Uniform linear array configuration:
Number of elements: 24
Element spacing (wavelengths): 1
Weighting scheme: cosine
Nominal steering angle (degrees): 15
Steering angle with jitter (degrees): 15.615
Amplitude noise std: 0.05
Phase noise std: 0.05

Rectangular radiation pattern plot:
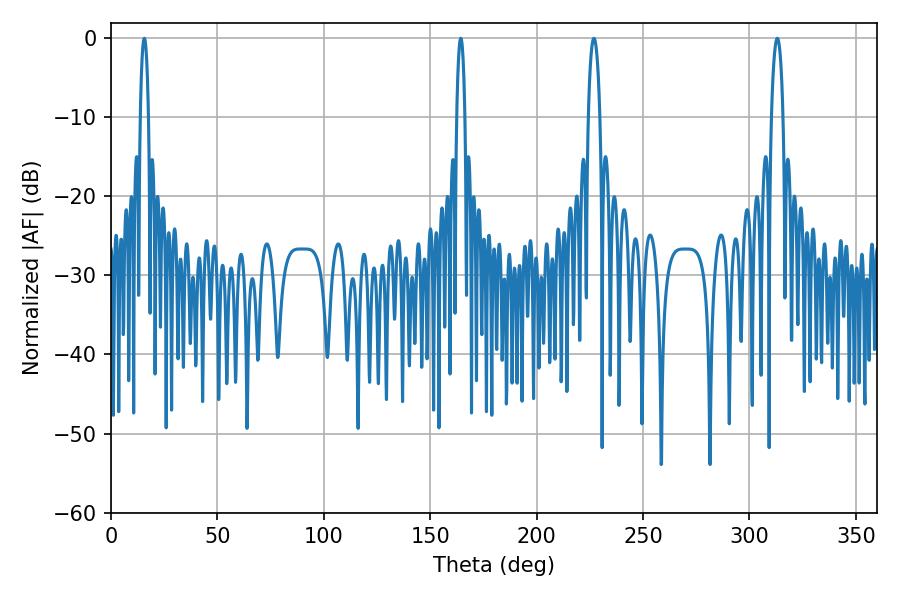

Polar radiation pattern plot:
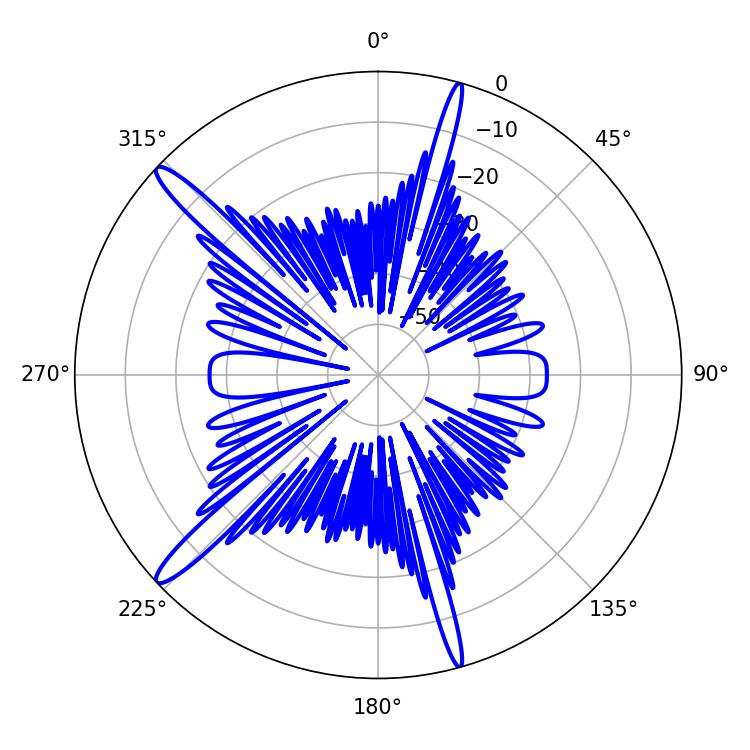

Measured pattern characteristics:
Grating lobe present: TRUE
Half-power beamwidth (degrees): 2.16
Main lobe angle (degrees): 15.66